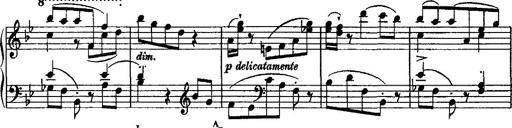
Title: Grande valse di bravura
Composer: Franz Liszt